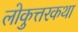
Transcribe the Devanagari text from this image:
लोकुत्तरकथा